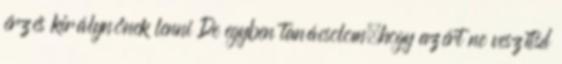
érzés királynőnek lenni De egyben tanácsolom,hogy azért ne veszítsd